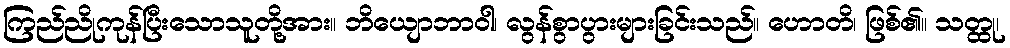
ကြည်ညိုကုန်ပြီးသောသူတို့အား။ ဘိယျောဘာဝါ၊ လွန်စွာပွားများခြင်းသည်။ ဟောတိ၊ ဖြစ်၏။ သတ္ထု၊